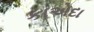
કાએદા